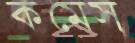
কমেস